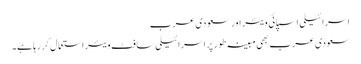
اسرائیلی اسپائی ویئر اور سعودی عرب
سعودی عرب بھی مبینہ طور پر اسرائیلی سافٹ ویئر استعمال کر رہا ہے۔